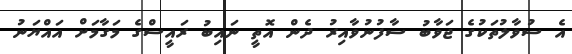
އެ ސުވާލުތަކުގެ ޖަވާބު ސާފުނުވާއިރު ދެން އޮތީ ނައިބު ރައީސްގެ މަގާމަށް އައްޔަނު